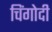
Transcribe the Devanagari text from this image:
चिंगोदी